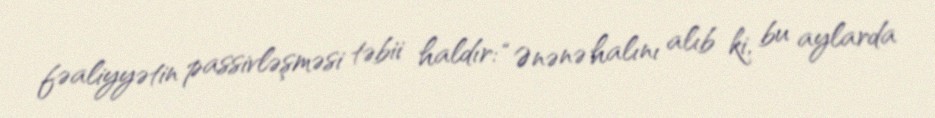
fəaliyyətin passivləşməsi təbii haldır: “Ənənə halını alıb ki, bu aylarda